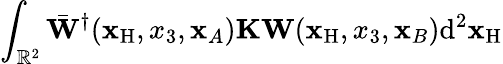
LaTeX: \int_{{\mathbb{R}}^{2}}\bar{\mathbf W}^{\dagger}({\mathbf x}_{\mathrm{H}},x_{3},{\mathbf x}_{A}){\mathbf K}{\mathbf W}({\mathbf x}_{\mathrm{H}},x_{3},{\mathbf x}_{B})\mathrm{d}^{2}{\mathbf x}_{\mathrm{H}}